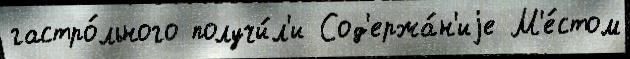
гастро́льного получи́л'и Сод'ержа́н'иjе М'е́стом